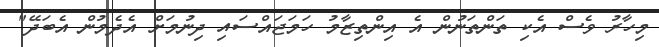
މިހާރު ވެސް އެކި ތަންތަނުން އެ އިންތިޒާމު ހަމަޖައްސައި ދިނުމަށް އެދެމުން އެބަދޭ"